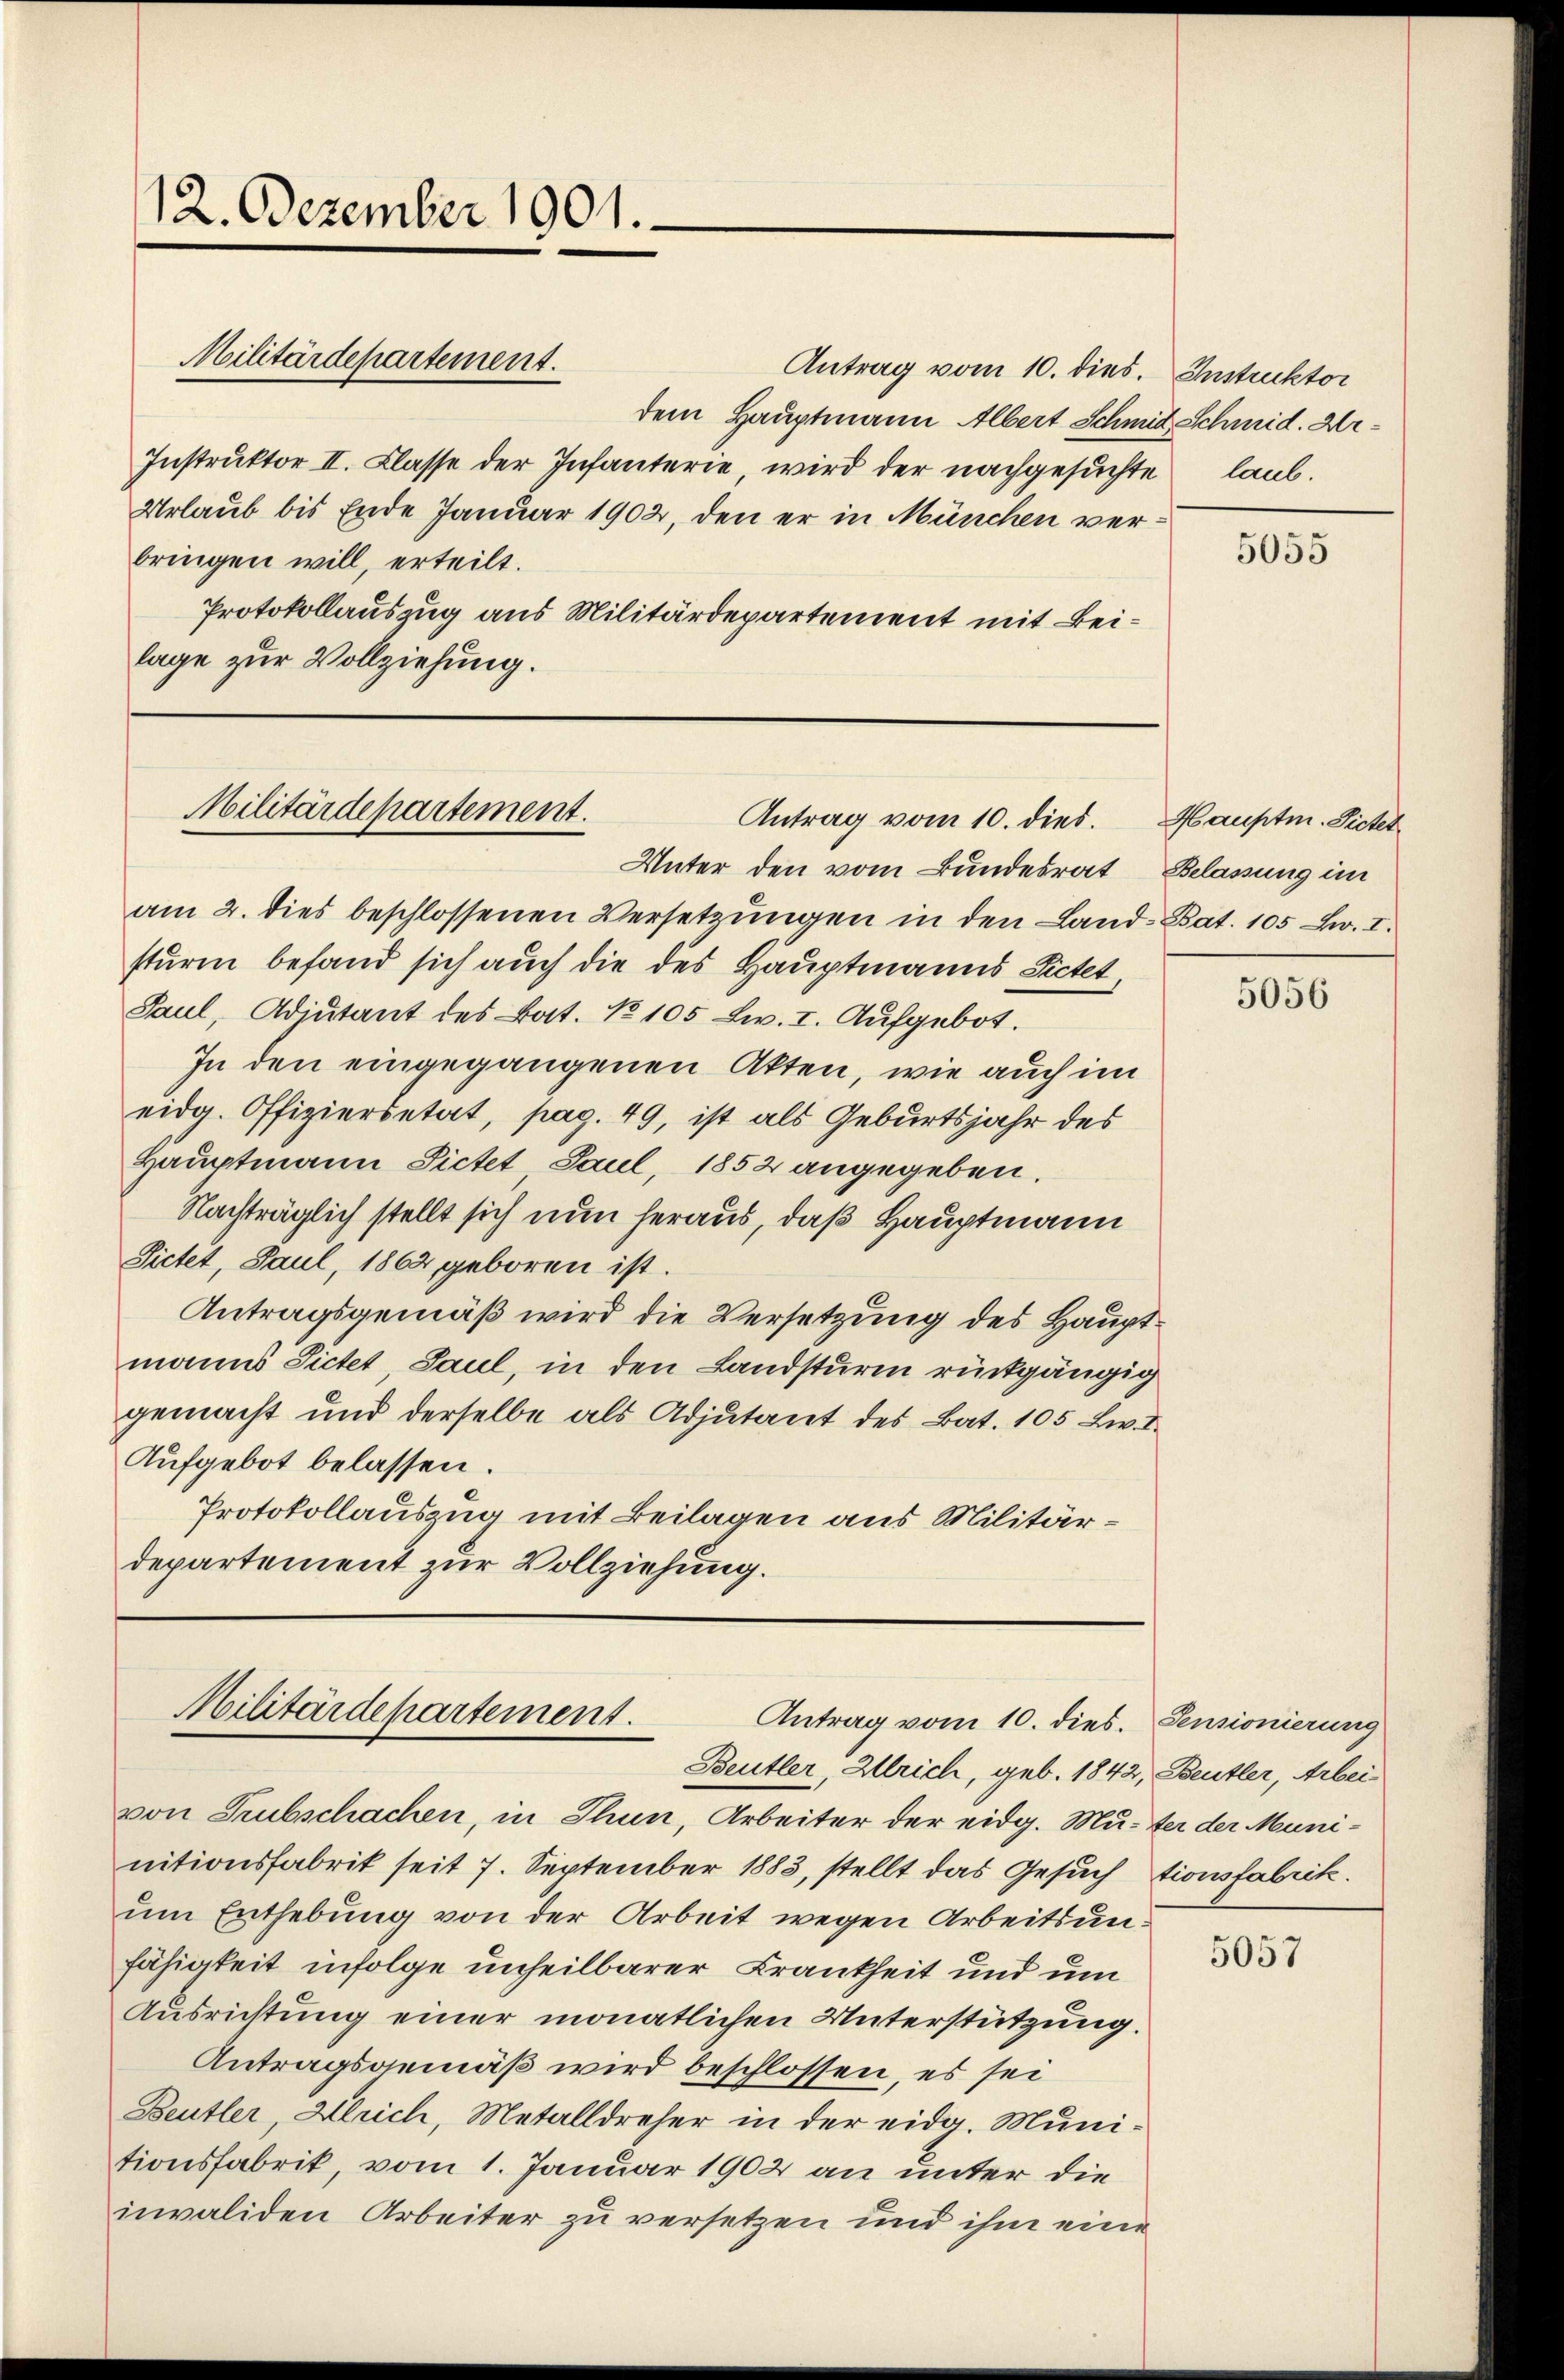
12. Dezember 1901.

Antrag vom 10. dies. Instruktor
dem Hauptmann Albert Schmit Schmid. Ur¬
Instruktor II. Classe der Infanterie wird der nachgesuchte laub.
Urlaub bis Ende Januar 1902, den er in München verbringen will, erteilt.
Protokollauszug aus Militärdepartement mit Beilage zur Vollziehung.

Militärdepartement.

Militärdepartement.
Antrag vom 10. dies.

Unter den vom Bundesrat Belassung im
am 2. dies beschlossenen Versetzungen in den Land-Bat. 105 Zw. I.
sturm befand sich auch die des Hauptmanns Pictet
Paul, Adjutant des Bat. No 105 Lw. I. Aufgebot.
In den eingegangenen Akten, wie auch im
eidg. Offiziersetat, pag. 49, ist als Geburtsjahr des
Hauptmann Pictet Paul, 1852 angegeben.
Nachträglich stellt sich nun heraus, daß Hauptmann
Pictet, Paul, 1862 geboren ist.
Antragsgemäß wird die Versetzung des Hauptmanns Sichet, Saul, in den Landsturm rückgängig
gemacht und derselbe als Adjutant des Bat. 105 Lw. I
Aufgebot belassen.
Protokollauszug mit Beilagen aus Militärdepartement zur Vollziehung.

Militärdepartement.
Antrag vom 10. dies. Sensionierung
Beutler, Ulrich, geb. 1842, Beutler, Arbei¬

von Subschachen, in Thun, Arbeiter der eidg. Mutter der Muninitionsfabrik seit 7. September 1883, stellt das Gesuch tionsfabrik.
um Enthebung von der Arbeit wegen Arbeitsunfähigkeit infolge unheilbarer Krankheit und um
Ausrichtung einer monatlichen Unterstützung.
Antragsgemäß wird beschlossen, es sei
Beutler, Ulrich, Metalldreher in der eidg. Munitionsfabrik, vom 1. Januar 1902 an unter die
invaliden Arbeiter zu versetzen und ihm eine

Hauptm. Dietet

5057

5055

5056